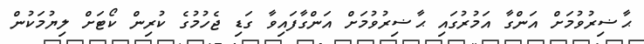
ޙާޟިރުވުމަށް އަންގާ އަމުރުގައި ޙާޟިރުވުމަށް އަންގާފައިވާ ގަޑި ޖެހުމުގެ ކުރިން ކޯޓަށް ލިޔުމަކުން